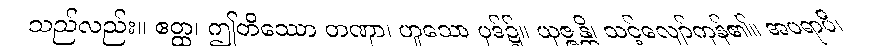
သည်လည်း။ ဧတ္ထ၊ ဤတိဿော တဏှာ၊ ဟူသော ပုဒ်၌။ ယုဇ္ဇန္တိ၊ သင့်လျော်ကုန်၏။ အပရာပိ၊